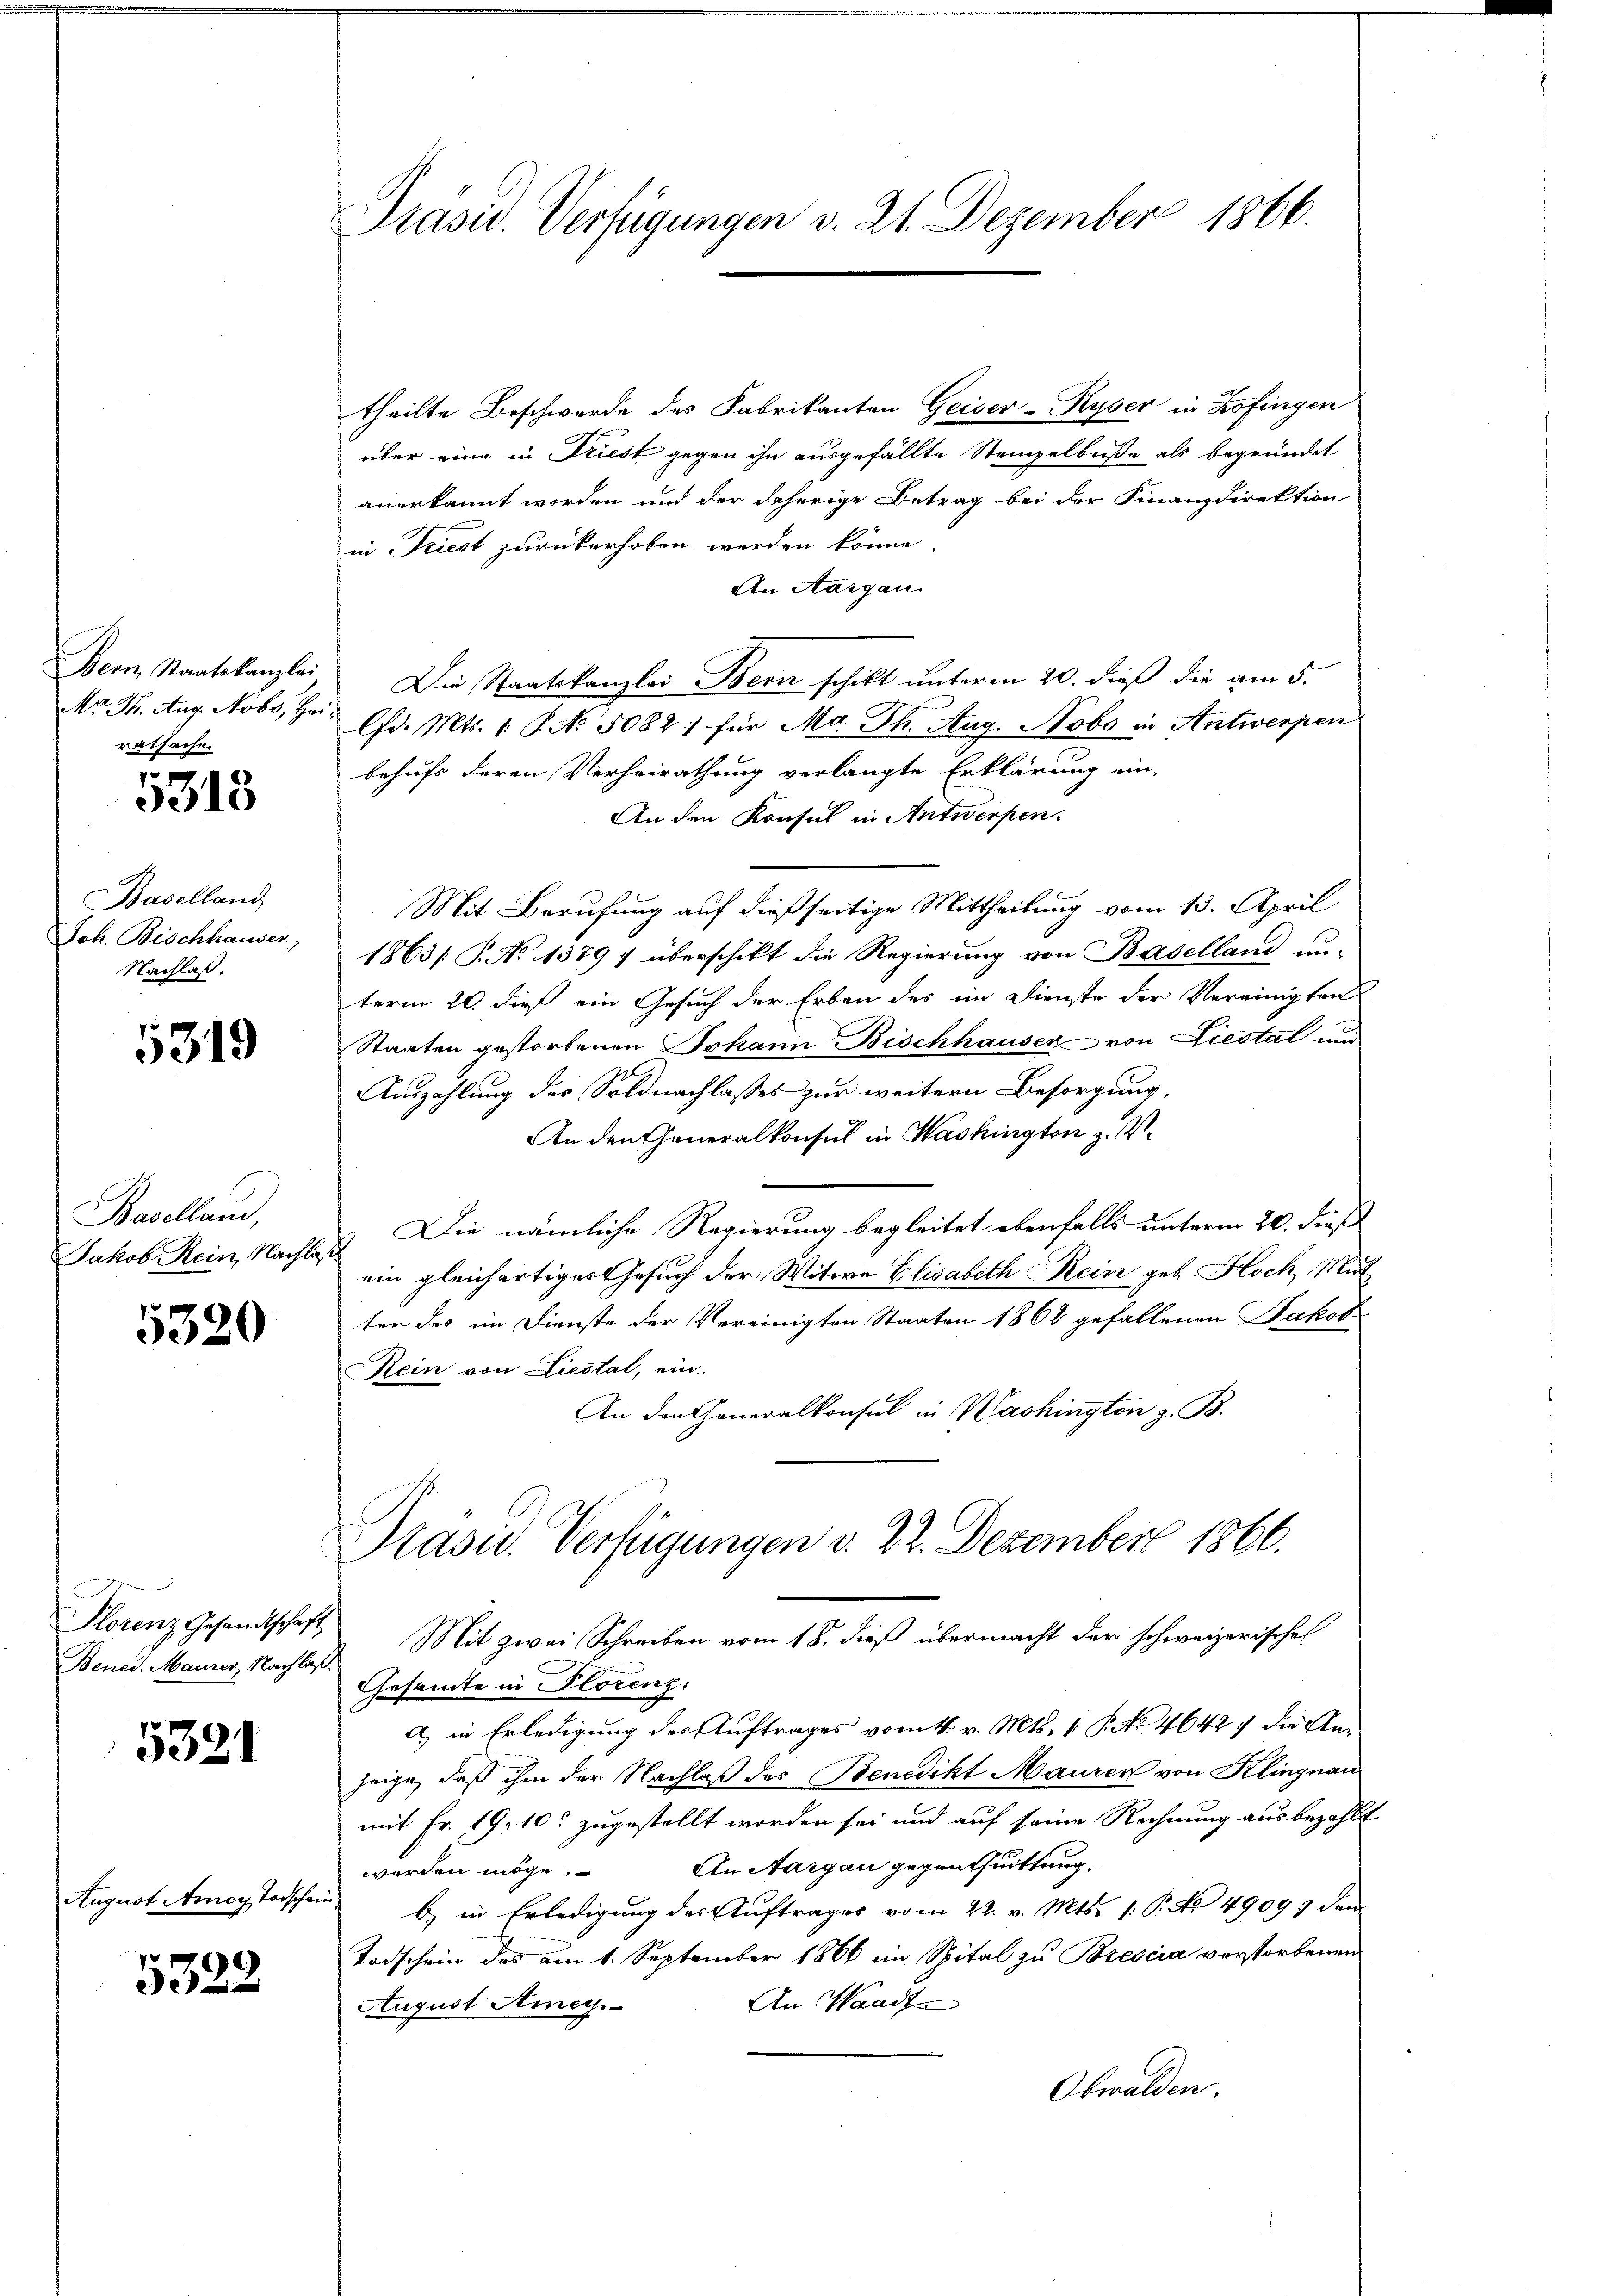
ratsache.

5313

Baselland
Joh. Bischhauser,
Nachlaß.

5319

Baselland,

5320

Bened. Maurer, Nachlaß.

5321

August Amey Todschein

5322

Prasiv. Verfügungen v. 21. Dezember 1866.

theilte Beschwerde des Fabrikanton Geiser-Ryser in Zofingen
über eine in Driest gegen ihn ausgefällte Stempelbuße als begründet
anerkannt worden und der daherige Betrag bei der Finanzdirektion
in Triest zurückerhoben werden könne,
An Aargau.
Bern, Staatskanzlei, Die Staatskanzlei Bern schikt unterm 20. dieß die am 5.
Mr. Th. Aug. Nobs, Hr. Chr. Mts. 1. P. No. 5082; für Ma Th. Aug. Nobo in Antwerpen
behufs deren Verheirathung verlangte Erklärung ein-
An den Konsul in Antwerfen.
Mit Berufung auf dießseitige Mittheilung vom 13. April
1863/ P. No 1379 f überschikt die Regierung von Baselland un-
term 20. dieß ein Gesuch der Erben des ein Dienste der Vereinigten
Staaten gestorbenen Johann Bischhauser von Liestal und
Auszahlung des Soldnachlasses zur weitern Besorgung,
An den Generalkonsul in Washington z. V.
Jakob Rein, Nachlaß. Die nämliche Regierung begleitet ebenfalls unterm 20. dieß
ein gleichartiges Gesuch der Witwe Elisabeth Kein geb. Hoch Mut
ter des im Dienste der Vereinigten Staaten 1862 gefallenen Jakob
Rein von Liestat, ein.
An den Generalkonsul in Washington z. B.
Präsid. Verfügungen v. 22. Dezember 1866.
Florenz Gesandtschaft Mit zwei Schreiben vom 18. dieß übermacht der schweizerische
Gesamte in Florenz:
A) in Erledigung des Auftrages vom 4. v. Mts. 1. P. No 4642; die Ka
zeige, daß ihm der Nachlaß des Benedikt Maurer von Klingnau
mit Fr. 19. 10. zugestellt worden sei und auf seine Rechnung ausbezahlt
An Aargau gegenthuittung.
werden möge
b) in Erledigung des Auftrages vom 22. v. Mts. 1. P. No 49097 den
Todschein des am 1. September 1866 im Spital zu Brescia verstorbenen
An Waadt
August Amey¬
Obwalden.